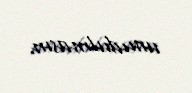
unudulmasın.